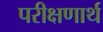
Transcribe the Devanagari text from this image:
परीक्षणार्थ